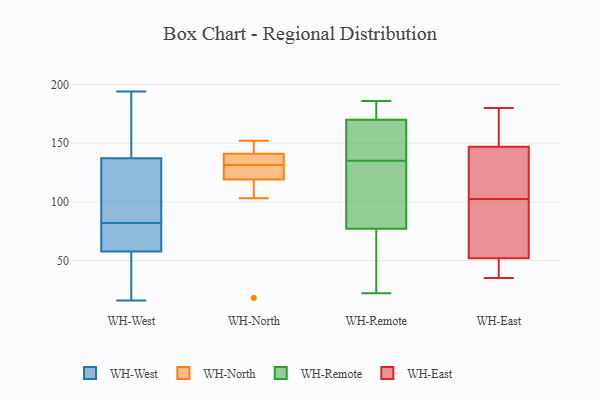
{"axis": {"x": "Temperature (°C)", "y": "Value"}, "legend": ["WH-East", "WH-North", "WH-Remote", "WH-West"], "data": [{"x": "", "y": 63, "type": "WH-West"}, {"x": "", "y": 24, "type": "WH-West"}, {"x": "", "y": 150, "type": "WH-West"}, {"x": "", "y": 70, "type": "WH-West"}, {"x": "", "y": 69, "type": "WH-West"}, {"x": "", "y": 16, "type": "WH-West"}, {"x": "", "y": 104, "type": "WH-West"}, {"x": "", "y": 194, "type": "WH-West"}, {"x": "", "y": 42, "type": "WH-West"}, {"x": "", "y": 165, "type": "WH-West"}, {"x": "", "y": 82, "type": "WH-West"}, {"x": "", "y": 98, "type": "WH-West"}, {"x": "", "y": 133, "type": "WH-West"}, {"x": "", "y": 152, "type": "WH-North"}, {"x": "", "y": 130, "type": "WH-North"}, {"x": "", "y": 127, "type": "WH-North"}, {"x": "", "y": 18, "type": "WH-North"}, {"x": "", "y": 141, "type": "WH-North"}, {"x": "", "y": 103, "type": "WH-North"}, {"x": "", "y": 119, "type": "WH-North"}, {"x": "", "y": 133, "type": "WH-North"}, {"x": "", "y": 142, "type": "WH-North"}, {"x": "", "y": 133, "type": "WH-North"}, {"x": "", "y": 137, "type": "WH-Remote"}, {"x": "", "y": 79, "type": "WH-Remote"}, {"x": "", "y": 153, "type": "WH-Remote"}, {"x": "", "y": 163, "type": "WH-Remote"}, {"x": "", "y": 22, "type": "WH-Remote"}, {"x": "", "y": 184, "type": "WH-Remote"}, {"x": "", "y": 170, "type": "WH-Remote"}, {"x": "", "y": 24, "type": "WH-Remote"}, {"x": "", "y": 23, "type": "WH-Remote"}, {"x": "", "y": 35, "type": "WH-Remote"}, {"x": "", "y": 133, "type": "WH-Remote"}, {"x": "", "y": 77, "type": "WH-Remote"}, {"x": "", "y": 128, "type": "WH-Remote"}, {"x": "", "y": 97, "type": "WH-Remote"}, {"x": "", "y": 183, "type": "WH-Remote"}, {"x": "", "y": 184, "type": "WH-Remote"}, {"x": "", "y": 186, "type": "WH-Remote"}, {"x": "", "y": 150, "type": "WH-Remote"}, {"x": "", "y": 122, "type": "WH-East"}, {"x": "", "y": 147, "type": "WH-East"}, {"x": "", "y": 39, "type": "WH-East"}, {"x": "", "y": 84, "type": "WH-East"}, {"x": "", "y": 180, "type": "WH-East"}, {"x": "", "y": 49, "type": "WH-East"}, {"x": "", "y": 74, "type": "WH-East"}, {"x": "", "y": 35, "type": "WH-East"}, {"x": "", "y": 52, "type": "WH-East"}, {"x": "", "y": 93, "type": "WH-East"}, {"x": "", "y": 113, "type": "WH-East"}, {"x": "", "y": 112, "type": "WH-East"}, {"x": "", "y": 173, "type": "WH-East"}, {"x": "", "y": 147, "type": "WH-East"}]}